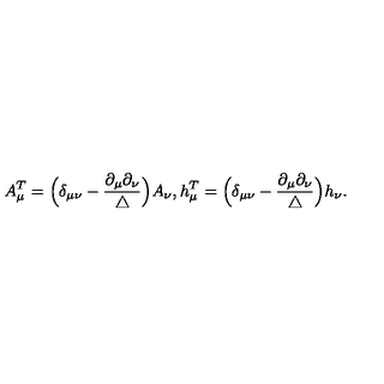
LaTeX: A _ { \mu } ^ { T } = \Big ( \delta _ { \mu \nu } - \frac { \partial _ { \mu } \partial _ { \nu } } { \triangle } \Big ) A _ { \nu } , h _ { \mu } ^ { T } = \Big ( \delta _ { \mu \nu } - \frac { \partial _ { \mu } \partial _ { \nu } } { \triangle } \Big ) h _ { \nu } .